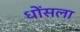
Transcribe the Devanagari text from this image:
धोंसला